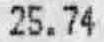
25.74